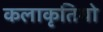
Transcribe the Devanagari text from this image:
कलाकृतियो